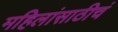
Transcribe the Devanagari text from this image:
महिलांसाठीचं